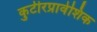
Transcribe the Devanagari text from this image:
कुटीरप्रावेशिक